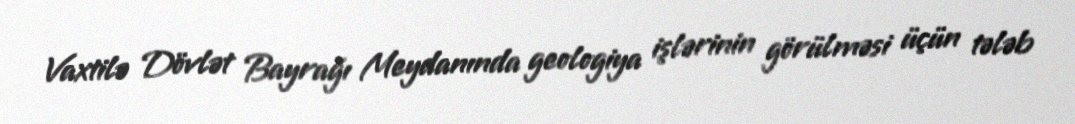
Vaxtilə Dövlət Bayrağı Meydanında geologiya işlərinin görülməsi üçün tələb